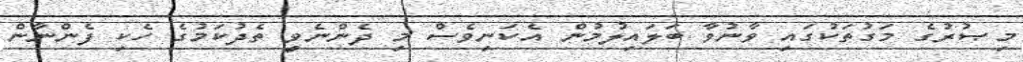
މިޞުރުގެ މަގުތަކުގައި ވާނުވާ ބަލައިލުމުން އެކަނިވެސް މި ދެންނެވީ ތެދުކަމުގެ ހެކި ފެންނާން